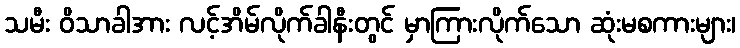
သမီး ဝိသာခါအား လင့်အိမ်လိုက်ခါနီးတွင် မှာကြားလိုက်သော ဆုံးမစကားများ၊